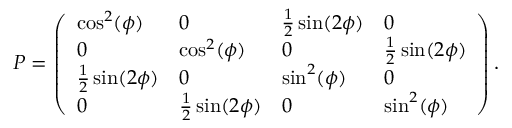
\begin{array} { r } { P = \left( \begin{array} { l l l l } { \cos ^ { 2 } ( \phi ) } & { 0 } & { \frac { 1 } { 2 } \sin ( 2 \phi ) } & { 0 } \\ { 0 } & { \cos ^ { 2 } ( \phi ) } & { 0 } & { \frac { 1 } { 2 } \sin ( 2 \phi ) } \\ { \frac { 1 } { 2 } \sin ( 2 \phi ) } & { 0 } & { \sin ^ { 2 } ( \phi ) } & { 0 } \\ { 0 } & { \frac { 1 } { 2 } \sin ( 2 \phi ) } & { 0 } & { \sin ^ { 2 } ( \phi ) } \end{array} \right) . } \end{array}